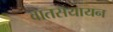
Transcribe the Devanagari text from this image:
वातसयायन